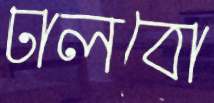
ঢালবো